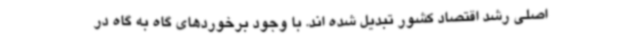
اصلی رشد اقتصاد کشور تبدیل شده اند. با وجود برخوردهای گاه به گاه در